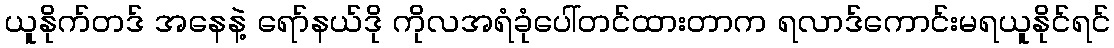
ယူနိုက်တဒ် အနေနဲ့ ရော်နယ်ဒို ကိုလအရံခုံပေါ်တင်ထားတာက ရလာဒ်ကောင်းမရယူနိုင်ရင်